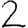
Digit: 2